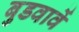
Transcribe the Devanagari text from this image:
बुडवावें